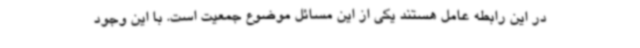
در این رابطه عامل هستند یکی از این مسائل موضوع جمعیت است. با این وجود